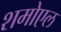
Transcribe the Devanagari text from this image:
शमोएल